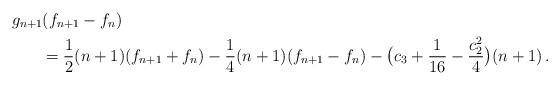
LaTeX: \begin{align*} & g_{n+1} (f_{n+1} - f_n ) \\ & \phantom{olao}= \displaystyle\frac{1}{2} (n+1) (f_{n+1}+ f_n )- \displaystyle\frac{1}{4} (n+1) (f_{n+1} - f_n ) - \big(c_3 + \displaystyle\frac{1}{16} - \displaystyle\frac{c_2^2}{4}\big) (n+1) \,.\end{align*}